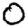
Digit: 0